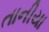
તાનીયા